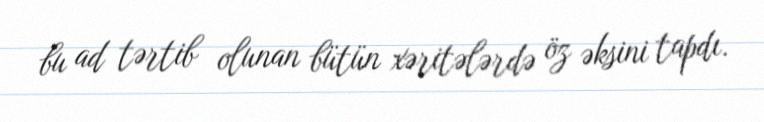
bu ad tərtib olunan bütün xəritələrdə öz əksini tapdı.